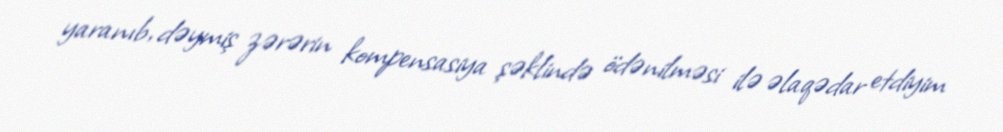
yaranıb, dəymiş zərərin kompensasiya şəklində ödənilməsi ilə əlaqədar etdiyim